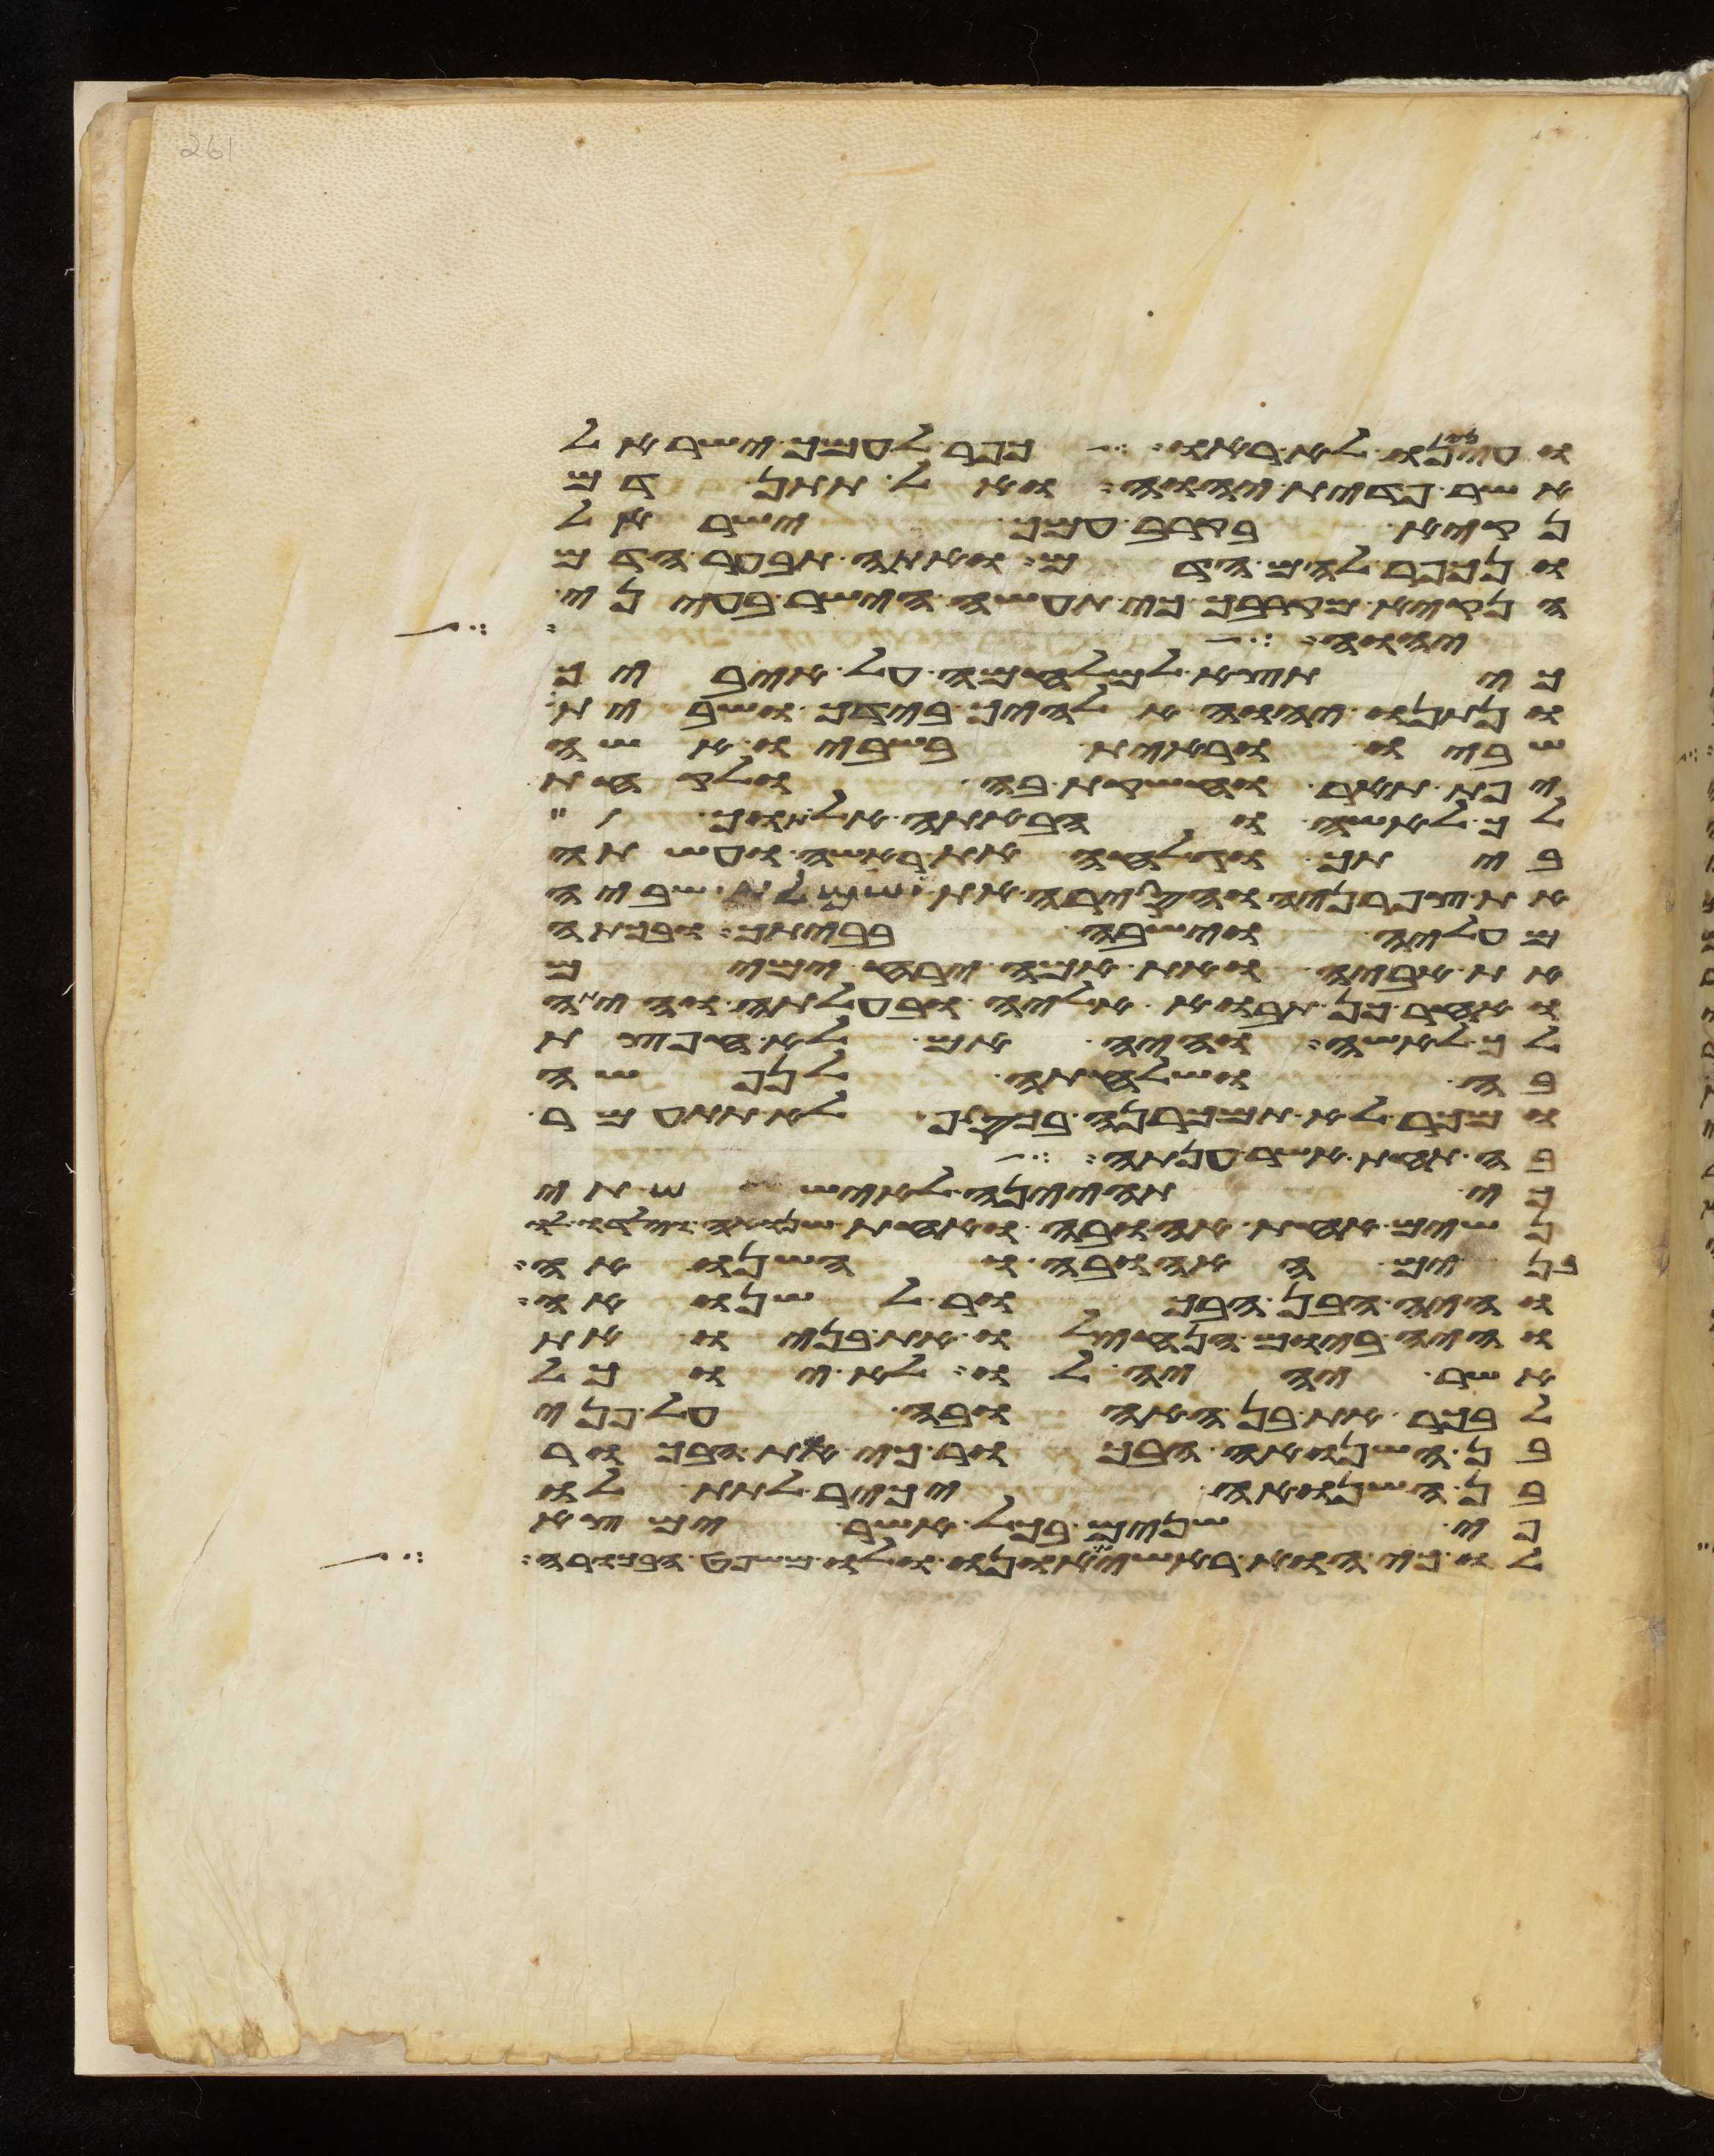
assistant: ועינינו לא ראו כפר לעמך ישראל
אשר פדית יהוה ואל תתן דם
נקיא בקרב עמך ישראל
ונכפר להם הדם ואתה תבער הדם
הנקיא מקרבך כי תעשה הישר בעיני
ליהוה שמרים לכל
כי תצא למלחמה על איביך
ונתנו יהוה אלהיך בידך ושבית
שביו וראית בשביו אשה
יפת תאר וחשקת בה ולקחתה
לך לאשה והבאתה אל תוך
ביתך וגלחה את ראשה ועשתה
את צפרניה והסירה את שמלת שביה
מעליה וישבה בביתך ובכתה
את אביה ואת אמה ירח ימים
ואחר כן תבוא אליה ובעלתה והיתה
לך לאשה והיה אם לא חפצת
בה ושלחתה לנפשה
ומכר לא תמכרנה בכסף לא תתעמר
בה תחת אשר ענתה
כי תהיינה לאיש שתי
נשים אחת אהובה ואחת שנואה וילדו לו
בנים האהובה והשנואה
והיה הבן הבכור לשנואה
והיה ביום הנחילו את בניו את
אשר יהיה לו לא יוכל
לבכר את בן האהובה על פני
בן השנואה הבכור כי את הבכור
בן השנואה יכיר לתת לו
פי שנים בכל אשר ימצא
לו כי הוא ראשית אונו ולו משפט הבכורה